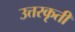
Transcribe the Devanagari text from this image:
उत्तरकृती